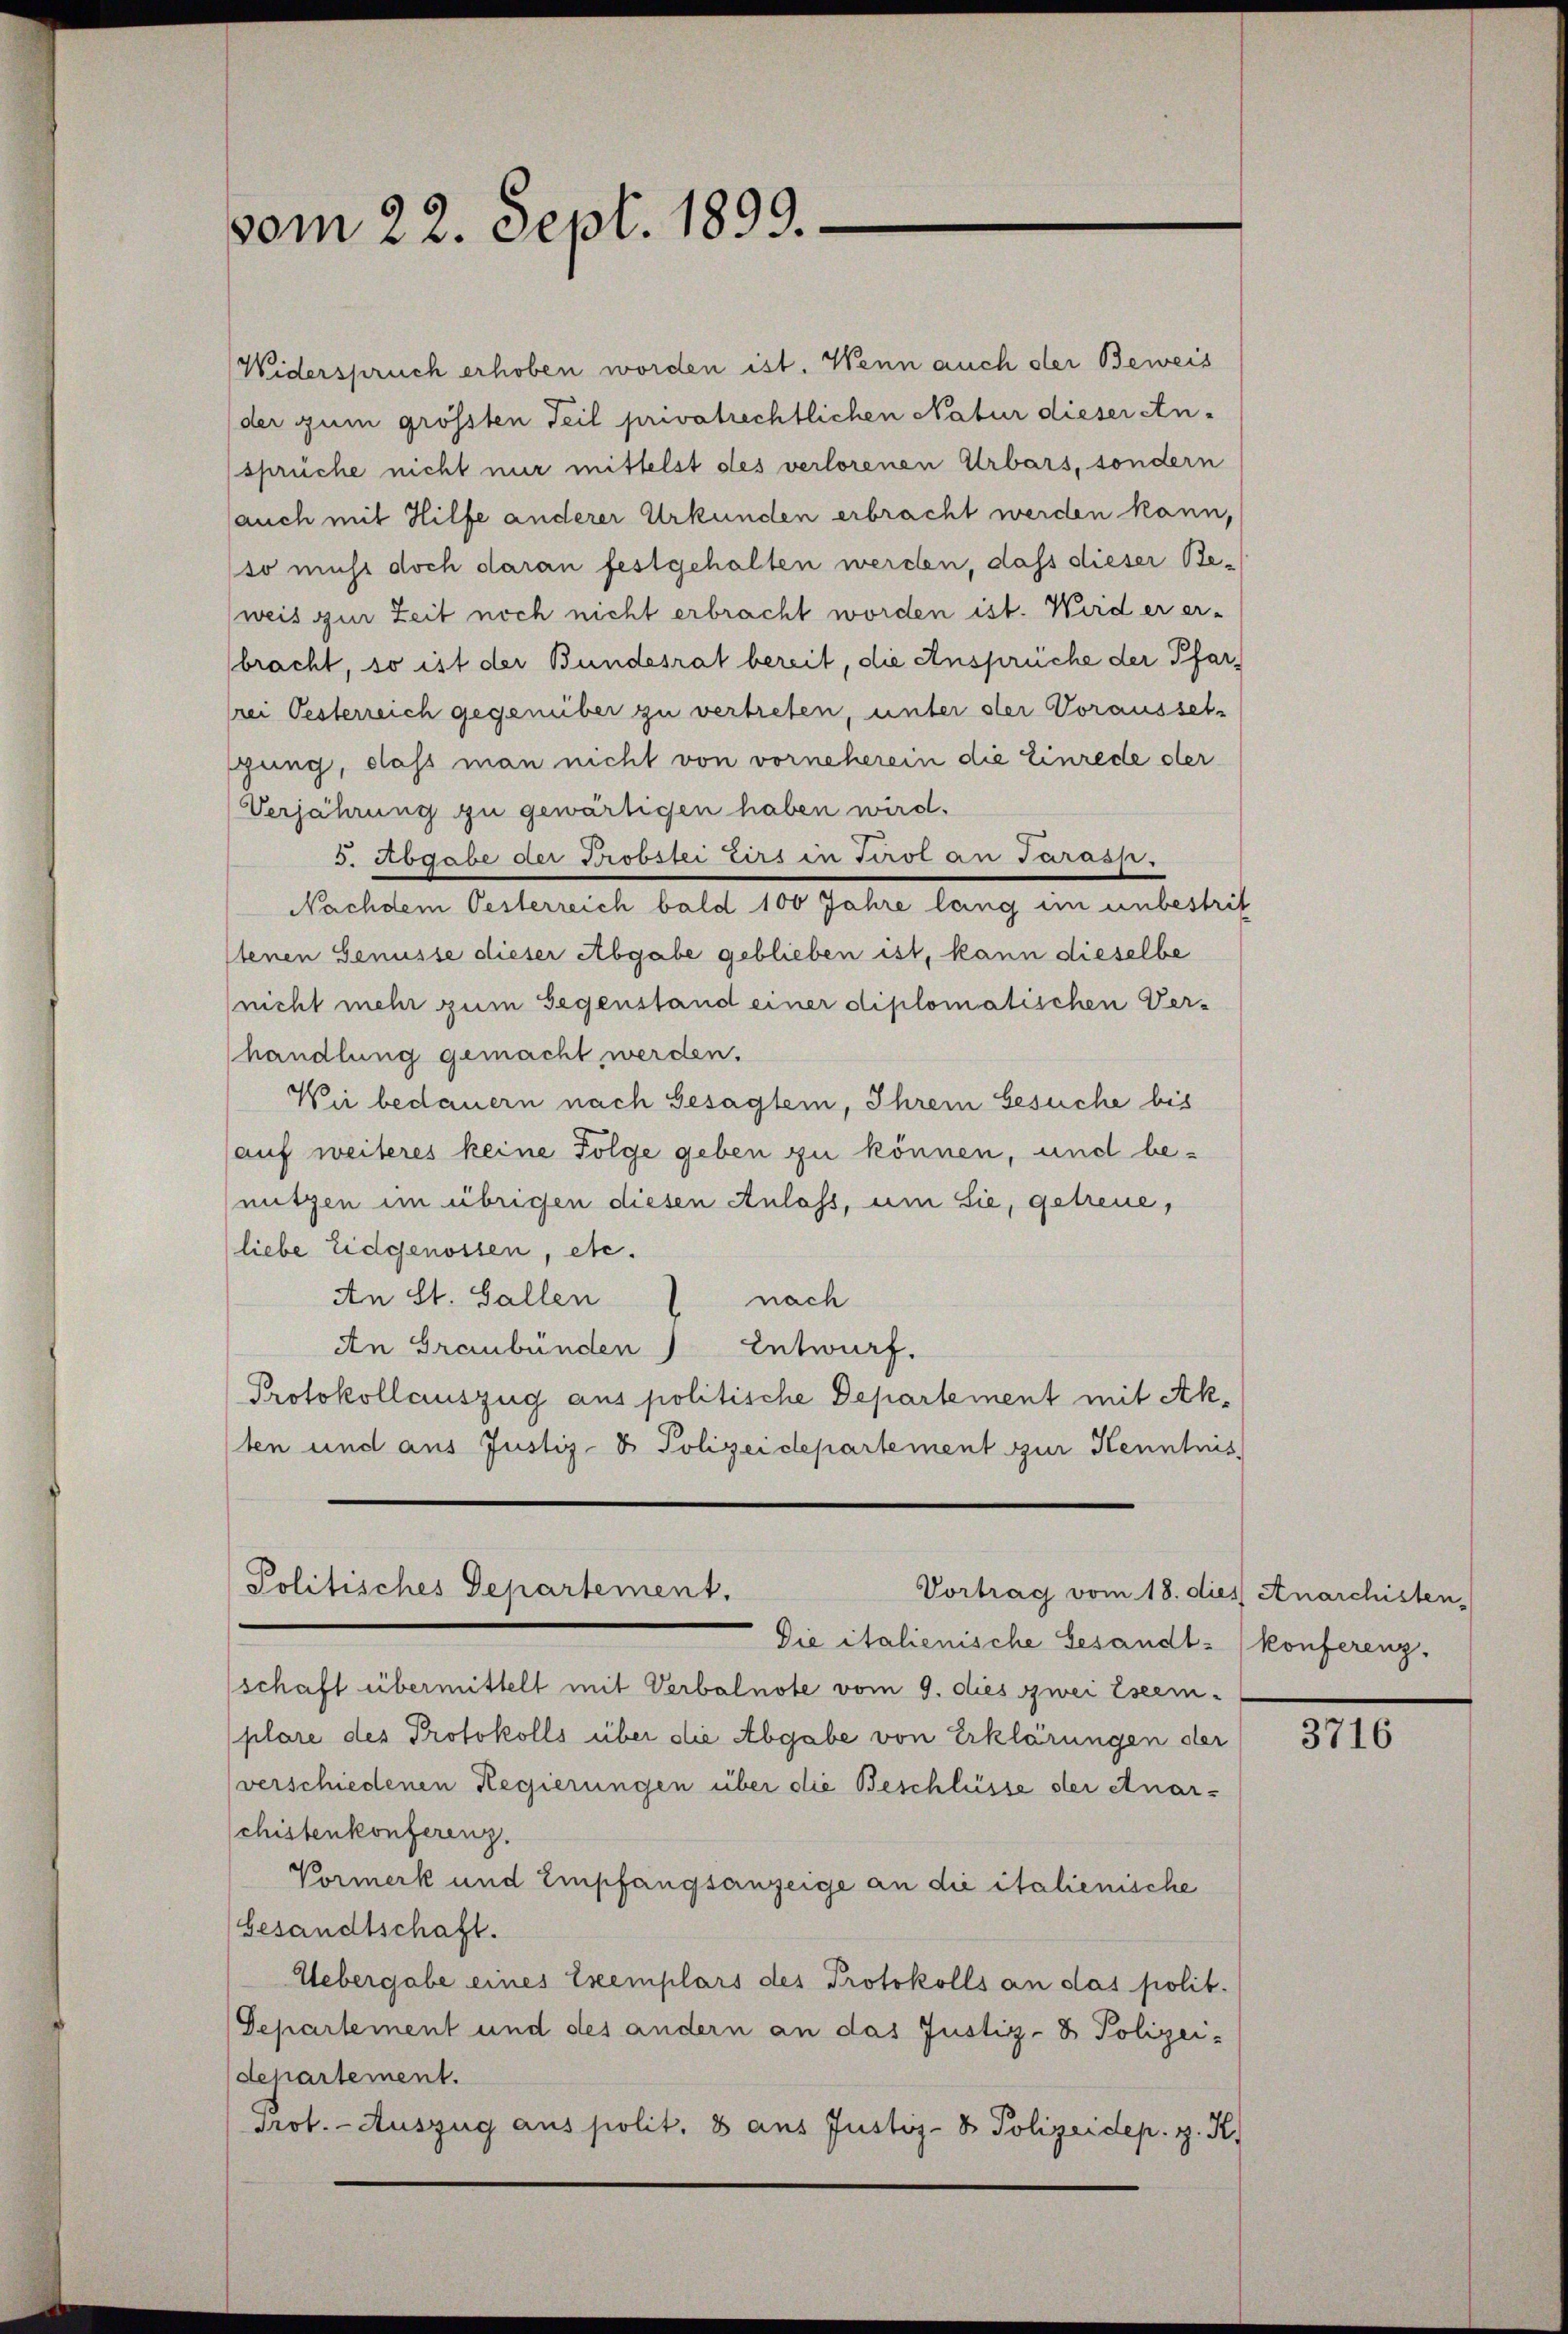
vom 22. Sept. 1899.

Politisches Departement,
Vortrag vom 18. dies Anarchisten,

Widerspruch erhoben worden ist. Wenn auch der Beweis
der zum grössten Teil privatrechtlichen Natur dieser An-
sprüche nicht nur mittelst des verlorenen Urbars, sondern
auch mit Hilfe anderer Urkunden erbracht werden kann,
so nicht doch daran festgehalten werden, dass dieser Be¬
(weis zur Zeit noch nicht erbracht worden ist. Wird er er-
bracht, so ist der Bundesrat bereit, die Ansprüche der Pfarfrei Oesterreich gegenüber zu vertreten, unter der Vorausset-
pung, dass man nicht von vorneherein die Einrede der
Verjährung zu gewärtigen haben wird.
5. Sogabe der Probstei tirs in Turot an Parass-
Nachdem Oesterreich bald 100 Jahre lang im unbestrit
tenen Genüsse dieser Abgabe geblieben ist, kann dieselbe
(nicht mehr zum Gegenstand einer diplomatischen Ver-
handlung gemacht werden.
Wir bedauern nach Gesagten, Ihrem besuche bis
auf weiteres keine Folge geben zu können, und benutzen im übrigen diesen Anlass, um Sie, getreue,
liebe Eidgenossen, etc.
An St. Gallen
nach
An Graubünden Entwurf.
Protokollauszug aus politische Departement mit Akten und aus Justiz- & Polizeidepartement zur Kenntnis

Die italienische Gesandt-konferenz.
schaft übermittelt mit Verbalnote vom 9. dies zwei Eseemplare des Protokolls über die Abgabe von Erklärungen der
verschiedenen Regierungen über die Beschlüsse der Anar-
chistenkonferenz.
Vormerk und Empfangsanzeige an die italienische
besandtschaft.
Uebergabe eines Exemplars des Protokolls an das polit.
Departement und des andern an das Justiz- & Polizei-
departement.
Prot. - Auszug aus polit. 8 aus Justiz- & Polizeidep. z. K.

3716